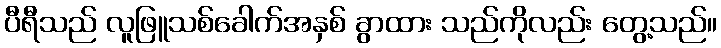
ပီရီသည် လူဖြူသစ်ခေါက်အနှစ် ခွာထား သည်ကိုလည်း တွေ့သည်။